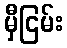
မှီငြမ်း